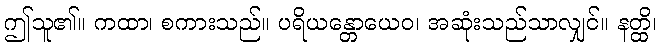
ဤသူ၏။ ကထာ၊ စကားသည်။ ပရိယန္တောယေဝ၊ အဆုံးသည်သာလျှင်။ နတ္ထိ၊